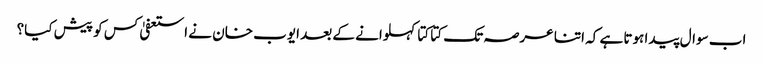
اب سوال پیدا ہوتا ہے کہ اتنا عرصہ تک کتا کتا کہلوانے کے بعد ایوب خان نے استعفیٰ کس کو پیش کیا؟